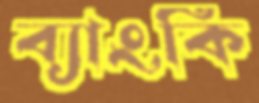
ব্যাংকি